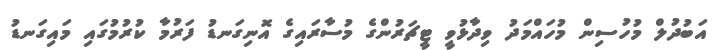
އަބުދުލް މުހުސިން މުހައްމަދު ވިދާޅުވީ ޓީޗަރުންގެ މުސާރައިގެ އޮނިގަނޑު ފަރުމާ ކުރުމުގައި މައިގަނޑު